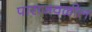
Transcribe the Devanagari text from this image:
पाराजवळील